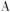
A